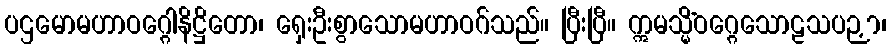
ပဌမောမဟာဝဂ္ဂေါနိဋ္ဌိတော၊ ရှေးဦးစွာသောမဟာဝဂ်သည်။ ပြီးပြီ။ ဣမသ္မိံဝဂ္ဂေသောဠသပဉှာ၊